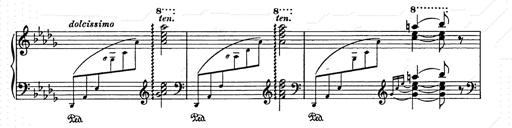
Title: Berceuse
Composer: Lucien Wurmser
Key: A major